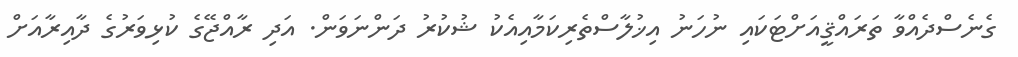
ގެނެސްދެއްވާ ތަރައްޤީއަށްޓަކައި ނުހަނު އިޚުލާސްތެރިކަމާއިއެކު ޝުކުރު ދަންނަވަން. އަދި ރާއްޖޭގެ ކުޅިވަރުގެ ދާއިރާއަށް